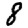
Digit: 8